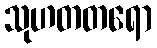
သုဟတတရော